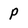
Character: P